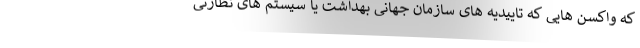
که واکسن هایی که تاییدیه های سازمان جهانی بهداشت یا سیستم های نظارتی